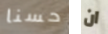
حسنا ان